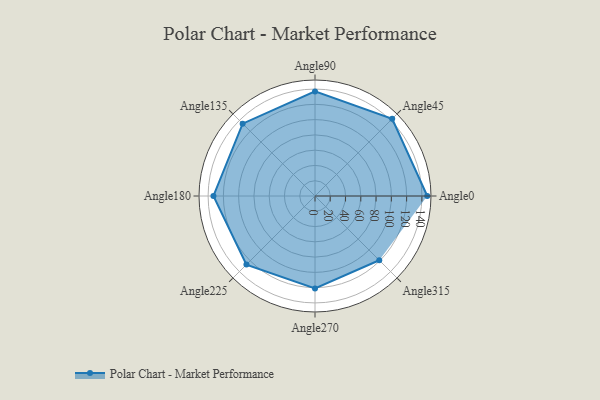
{"axis": {"x": "Angle", "y": "Radius"}, "legend": [""], "data": [{"x": "Angle0", "y": 147.0, "type": ""}, {"x": "Angle45", "y": 143.0, "type": ""}, {"x": "Angle90", "y": 137.0, "type": ""}, {"x": "Angle135", "y": 134.0, "type": ""}, {"x": "Angle180", "y": 133.0, "type": ""}, {"x": "Angle225", "y": 127.0, "type": ""}, {"x": "Angle270", "y": 121.0, "type": ""}, {"x": "Angle315", "y": 119.0, "type": ""}]}